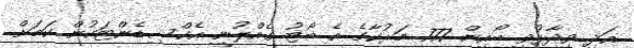
އަދި ވިދާޅުވީ ބޯއިން 777 މަރުކާގެ އެ ބޯޓު ގެއްލުނީ އެކްސިޑެންޓަކުން ކަމަށް